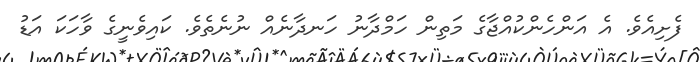
ފެށިއެވެ. އެ އަންހެންކުއްޖާގެ މަތިން ހަމްދާނު ހަނދާނެއް ނުނެތެވެ. ކައިވެނީގެ ވާހަކަ އަޑު